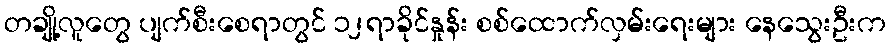
တချို့လူတွေ ပျက်စီးစေရာတွင် ၁၂ရာခိုင်နှုန်း စစ်ထောက်လှမ်းရေးများ နေသွေးဦးက